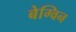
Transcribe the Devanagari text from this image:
बेग्विन